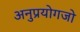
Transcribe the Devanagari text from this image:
अनुप्रयोगजो